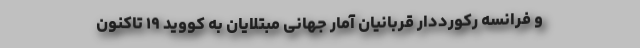
و فرانسه رکورددارِ قربانیان آمار جهانیِ مبتلایان به کووید ۱۹ تاکنون